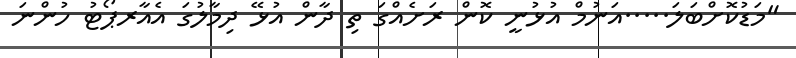
"މަޑުކޮށްބަލަ.....އަނުމް އުޅުނީ ކޮން ރަށެއްގަ ތި ދާން އުޅޭ ދިމާލުގަ އެއާރޕޯޓު ހުންނަ